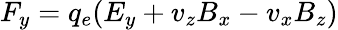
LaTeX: F_{y}=q_{e}(E_{y}+v_{z}B_{x}-v_{x}B_{z})